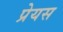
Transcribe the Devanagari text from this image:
प्रेयस